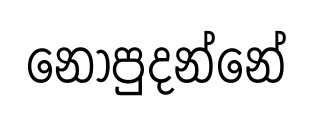
නොපුදන්නේ